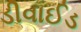
ડીવાઈડ